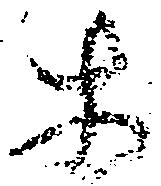
等